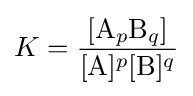
K={\frac {[{\mathrm {A} }_{p}{\mathrm {B} }_{q}]}{[{\ce {A}}]^{p}[{\ce {B}}]^{q}}}